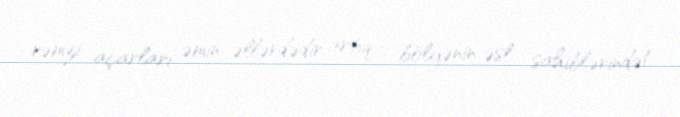
rəmzi açarları əmin əllərdədir artıq – bölgənin əsl sahiblərində!.